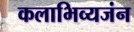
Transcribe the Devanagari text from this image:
कलाभिव्यजंन